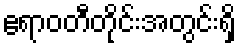
ဧရာဝတီတိုင်းအတွင်းရှိ